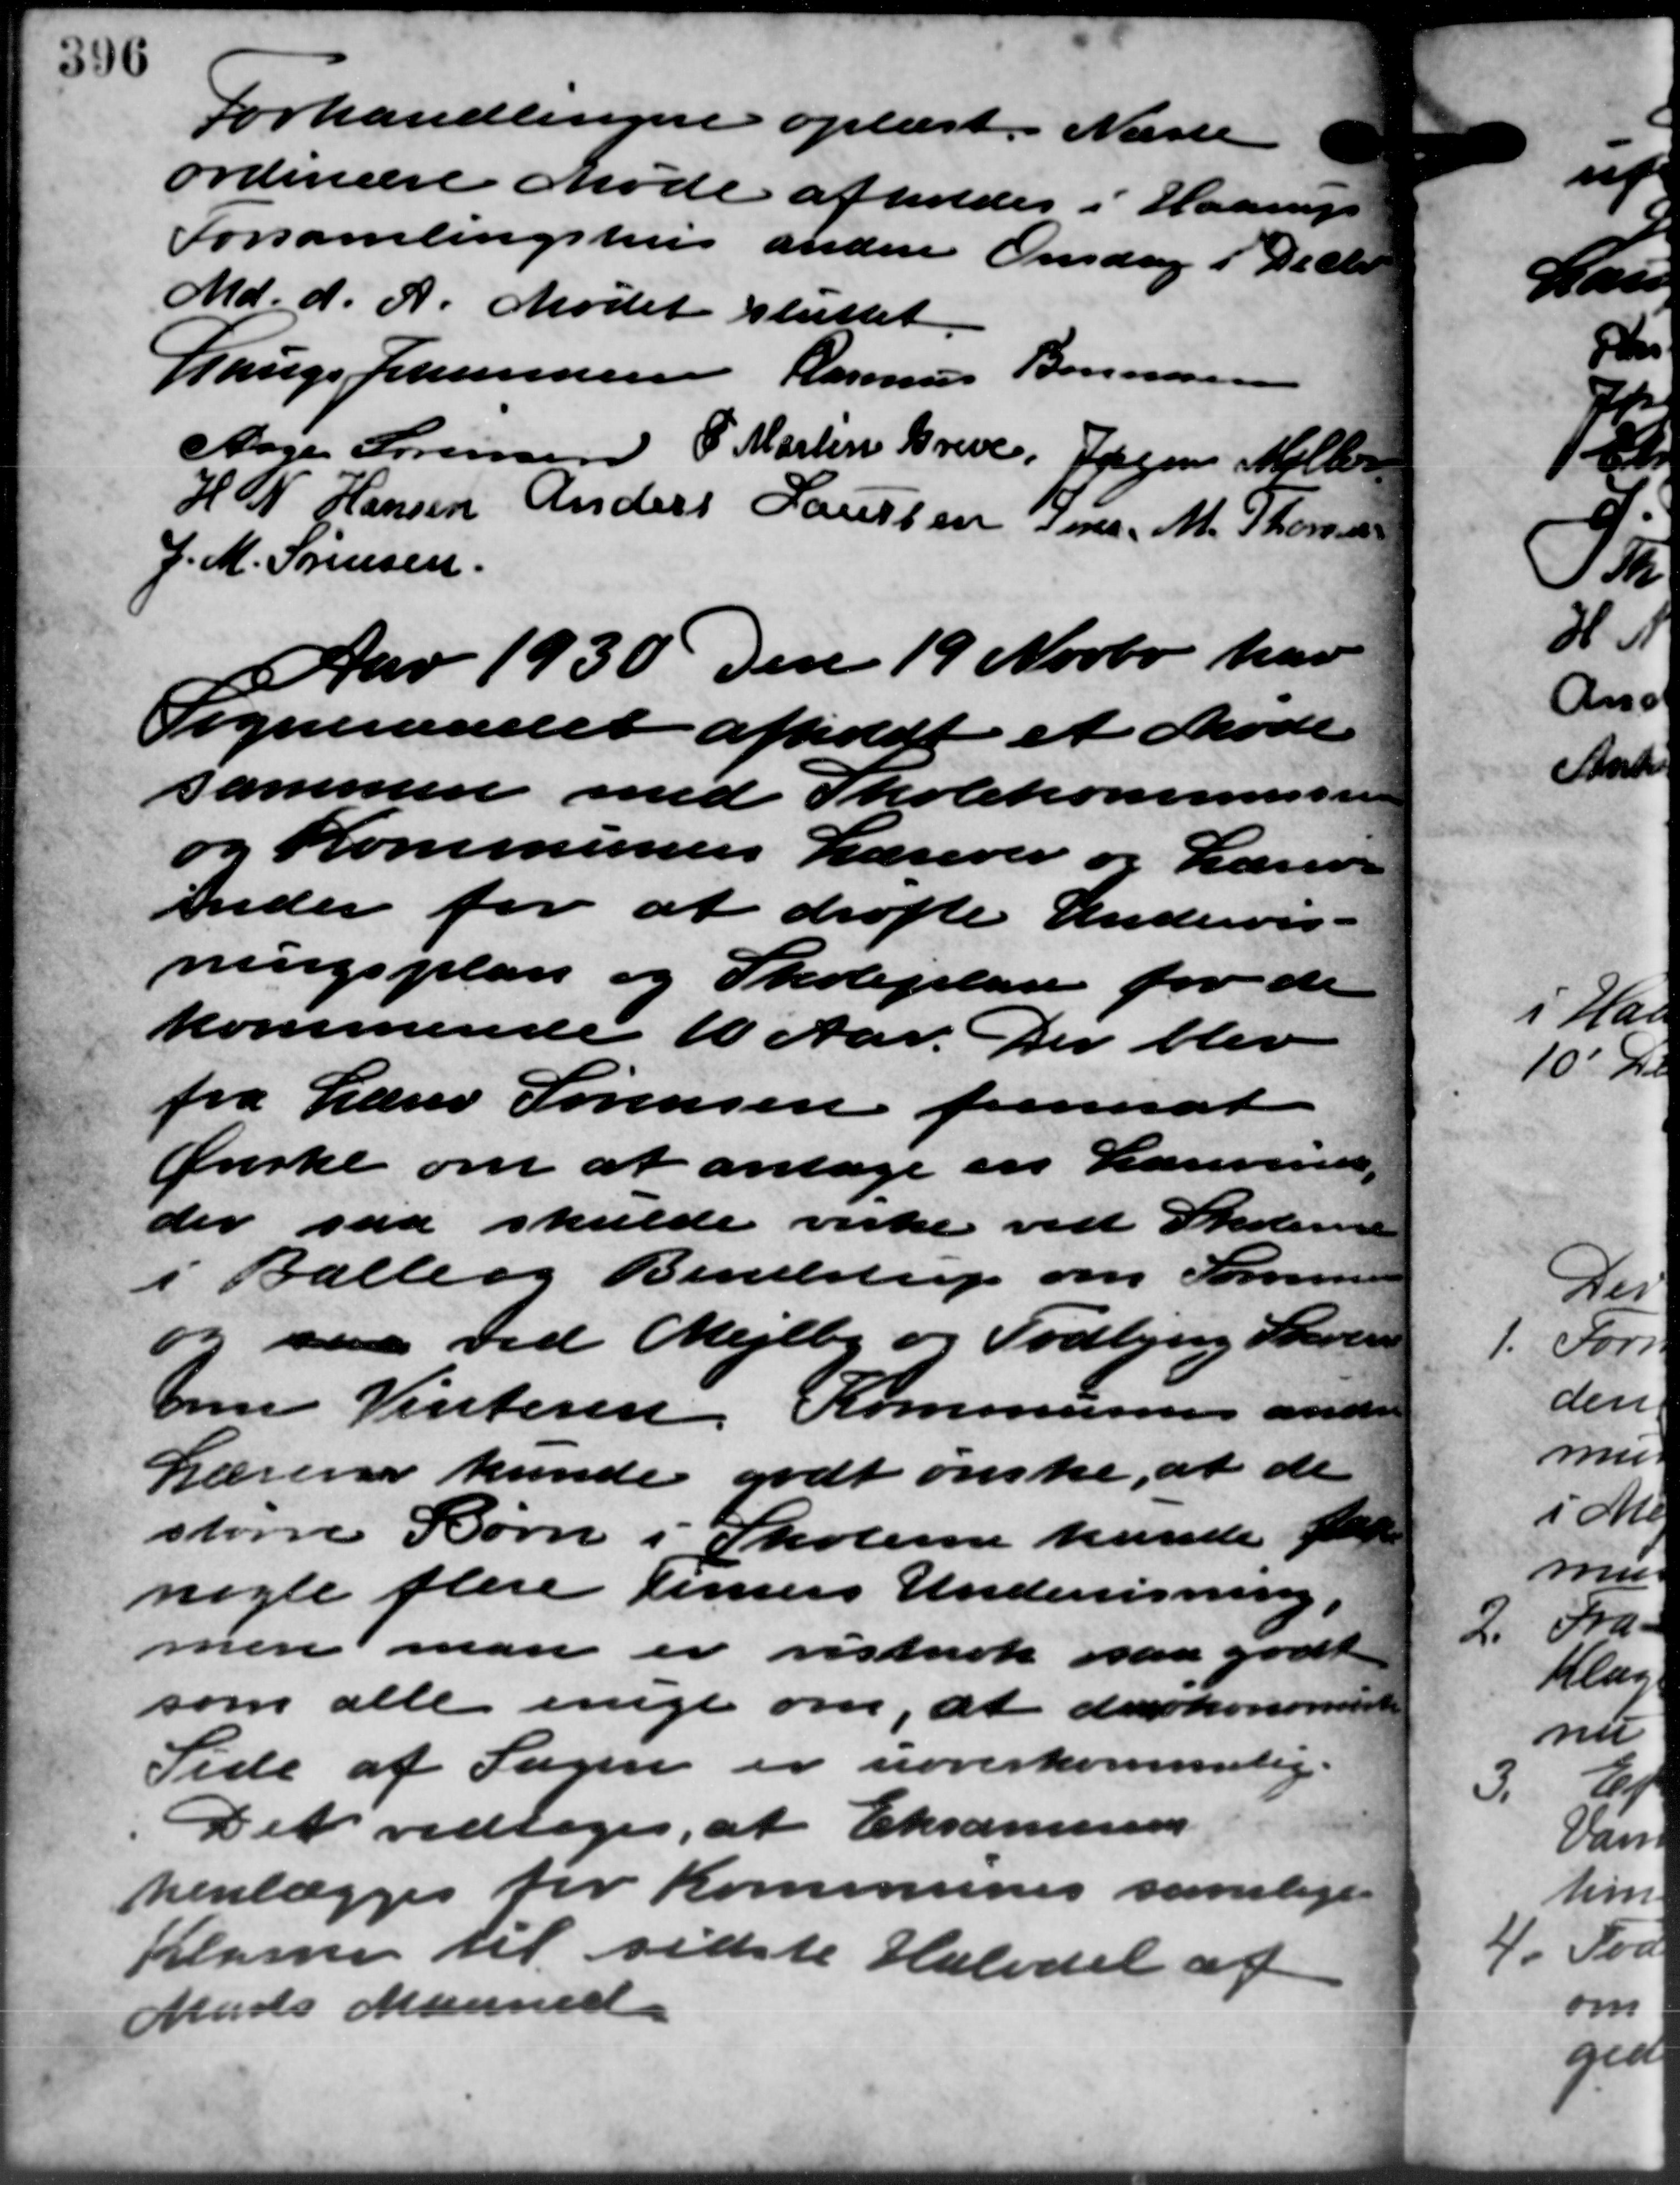
Transskription:
Forhandlingen oplæst. Næste
ordinære Møde afholdes i Haarup
Forsamlingshus anden Onsdag i De Chr.
Md. d. A. Mødet sluttet.
Lauge Johannesen Rasmus Bonnesen
Aage Sørensen P. Martin Greve, Jørgens Møller
H N Hansen Anders Laursen Sne. M. Thomsen
J. M. Sørensen
Aar 1930 den 19 Novbr. har
Sogneraadet afholdt et Møde
sammen med Skolekommission
og Kommunens Lærerer og Lærer-
inden for at drøfte Undervis-
ningsplan og Skoleplan for de
kommende 10 Aar. Der blev
fra Lærer Sørensen fremsat
Ønske om at antage en Lærerinde
der saa skulde virke ved Skolerne
i Balle og Bendstrup om Sørensen
og saa ved Mejlby og Todbjerg Skoler
me Vinteren Kommunens ander
Lærere kunde godt ønske, at de
større Børn i Skolerne kunde f
nogle flere timers Undervisning i
men man er vistnok saa godt
som alle enigt om, at derkonomete
Side af Sagen er uoverkommelig.
Det vedtoges, at Eksammer
henlægges for Kommunes samlige
Klassen til sidste Halvdel af
Mads Maaned